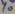
Text: Y0